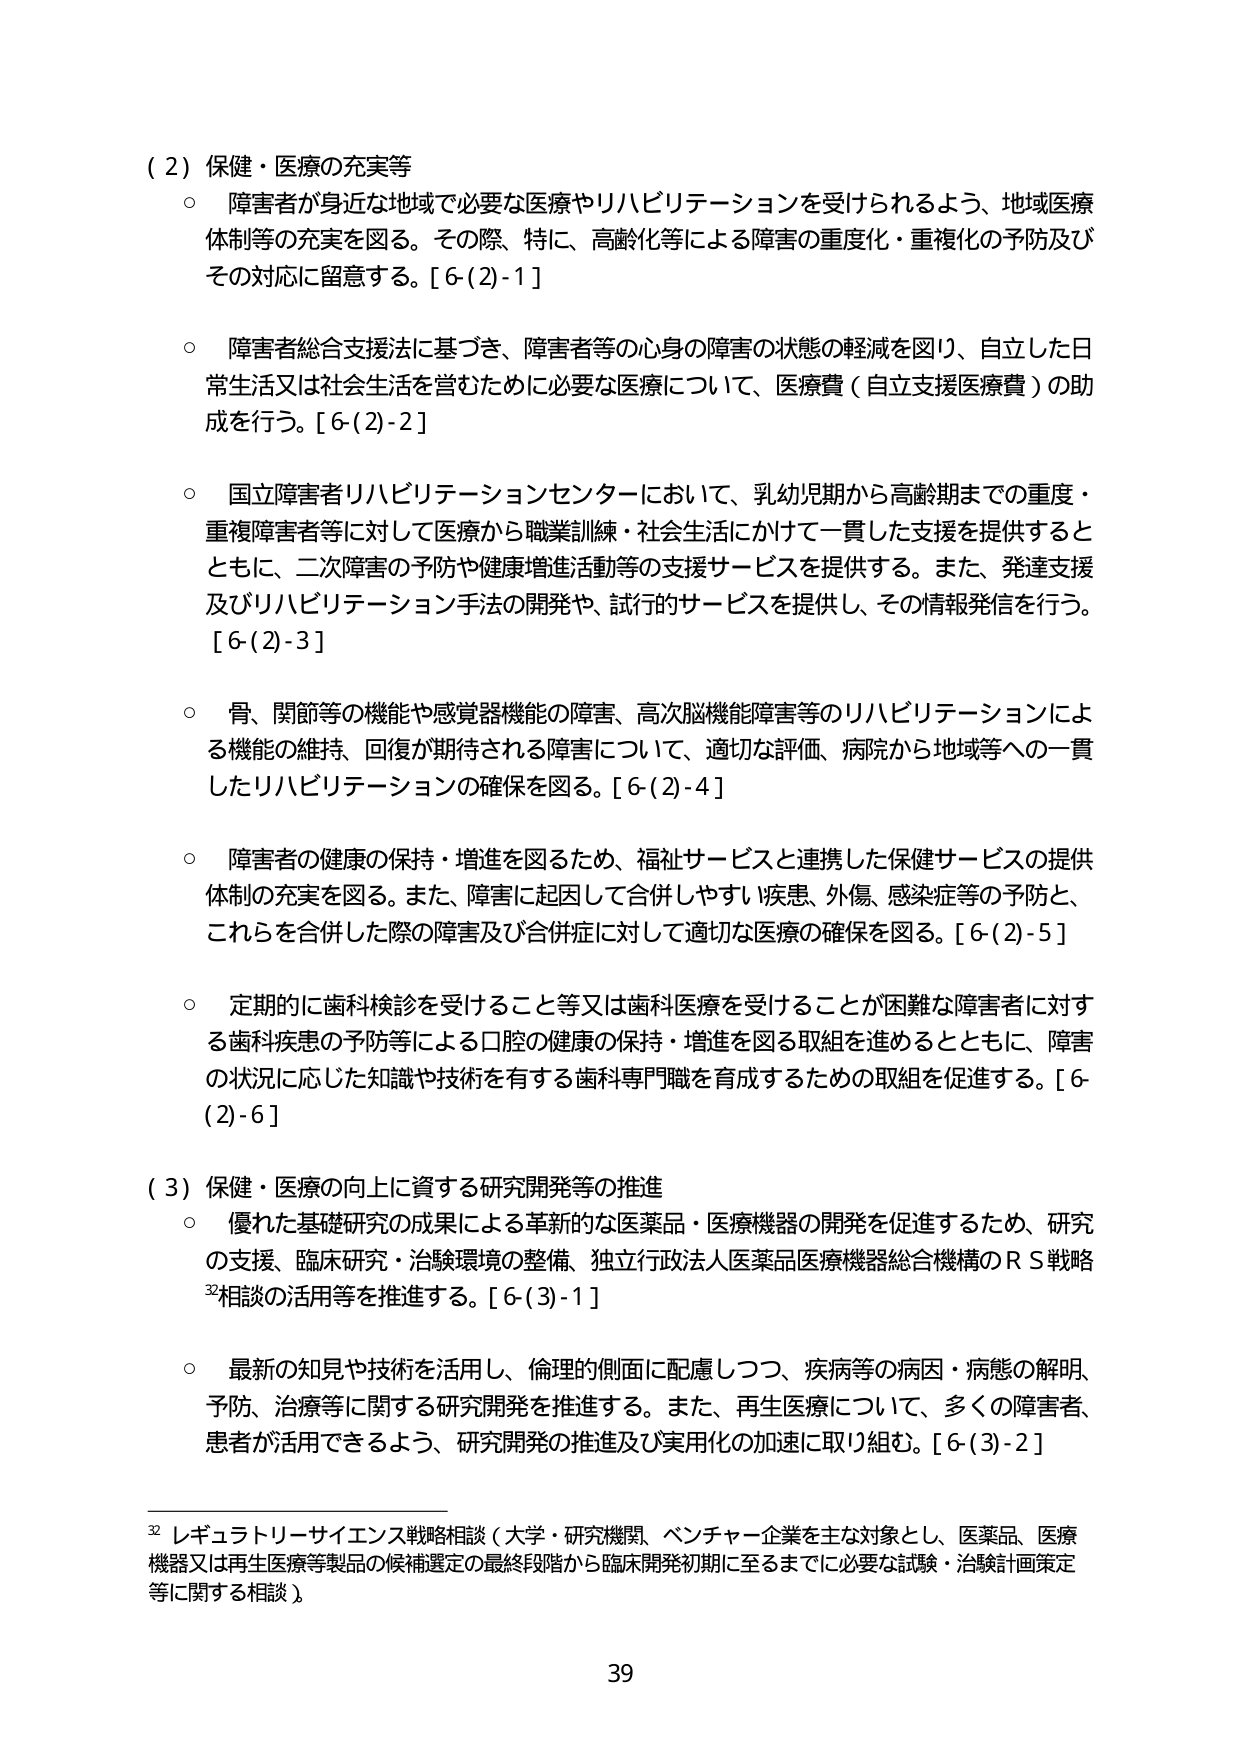
（２）保健・医療の充実等
○ 障害者が身近な地域で必要な医療やリハビリテーションを受けられるよう、地域医療体制等の充実を図る。その際、特に、高齢化等による障害の重度化・重複化の予防及びその対応に留意する。[6-(2)-1]

○ 障害者総合支援法に基づき、障害者等の心身の障害の状態の軽減を図り、自立した日常生活又は社会生活を営むために必要な医療について、医療費（自立支援医療費）の助成を行う。[6-(2)-2]

○ 国立障害者リハビリテーションセンターにおいて、乳幼児期から高齢期までの重度・重複障害者等に対して医療から職業訓練・社会生活にかけて一貫した支援を提供するとともに、二次障害の予防や健康増進活動等の支援サービスを提供する。また、発達支援及びリハビリテーション手法の開発や、試行的サービスを提供し、その情報発信を行う。[6-(2)-3]

○ 骨、関節等の機能や感覚器機能の障害、高次脳機能障害等のリハビリテーションによる機能の維持、回復が期待される障害について、適切な評価、病院から地域等への一貫したリハビリテーションの確保を図る。[6-(2)-4]

○ 障害者の健康の保持・増進を図るため、福祉サービスと連携した保健サービスの提供体制の充実を図る。また、障害に起因して合併しやすい疾患、外傷、感染症等の予防と、これらを合併した際の障害及び合併症に対して適切な医療の確保を図る。[6-(2)-5]

○ 定期的に歯科検診を受けること等又は歯科医療を受けることが困難な障害者に対する歯科疾患の予防等による口腔の健康の保持・増進を図る取組を進めるとともに、障害の状況に応じた知識や技術を有する歯科専門職を育成するための取組を促進する。[6-(2)-6]

（３）保健・医療の向上に資する研究開発等の推進
○ 優れた基礎研究の成果による革新的な医薬品・医療機器の開発を促進するため、研究の支援、臨床研究・治験環境の整備、独立行政法人医薬品医療機器総合機構のＲＳ戦略相談の活用等を推進する。[6-(3)-1]

○ 最新の知見や技術を活用し、倫理的側面に配慮しつつ、疾病等の病因・病態の解明、予防、治療等に関する研究開発を推進する。また、再生医療について、多くの障害者、患者が活用できるよう、研究開発の推進及び実用化の加速に取り組む。[6-(3)-2]

32 レギュラトリーサイエンス戦略相談（大学・研究機関、ベンチャー企業を主な対象とし、医薬品、医療機器又は再生医療等製品の候補選定の最終段階から臨床開発初期に至るまでに必要な試験・治験計画策定等に関する相談）

39